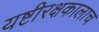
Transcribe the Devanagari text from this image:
यष्टीरक्षकालाच